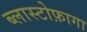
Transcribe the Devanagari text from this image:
ब्लास्टोफ़ागा